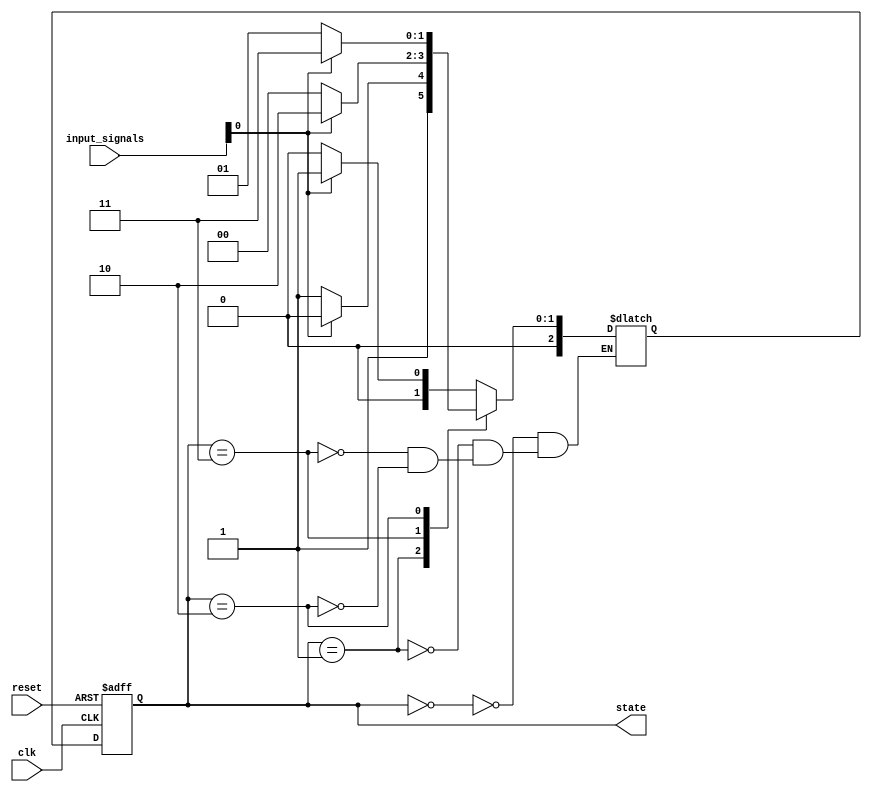
module gray_code_state_machine (
    input wire clk,
    input wire reset,
    input wire [N-1:0] input_signals,
    output reg [N-1:0] state
);

parameter N = 3; // Number of bits in the state

// State definitions in Gray code
parameter S0 = 3'b000;
parameter S1 = 3'b001;
parameter S2 = 3'b011;
parameter S3 = 3'b010;

// State register
always @(posedge clk or posedge reset) begin
    if (reset) begin
        state <= S0;
    end else begin
        state <= next_state;
    end
end

// Next state logic block
reg [N-1:0] next_state;
always @* begin
    case (state)
        S0: begin
            if (input_signals[0]) begin
                next_state = S1;
            end else begin
                next_state = S0;
            end
        end
        S1: begin
            if (input_signals[0]) begin
                next_state = S3;
            end else begin
                next_state = S2;
            end
        end
        S2: begin
            if (input_signals[0]) begin
                next_state = S3;
            end else begin
                next_state = S0;
            end
        end
        S3: begin
            if (input_signals[0]) begin
                next_state = S2;
            end else begin
                next_state = S1;
            end
        end
    endcase
end

endmodule